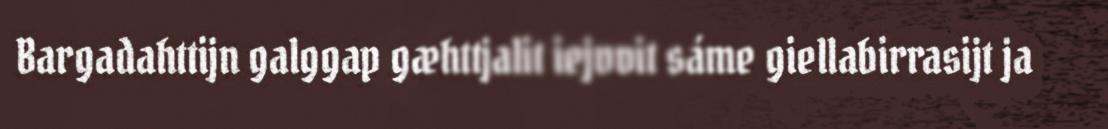
Bargadahttijn galggap gæhttjalit iejvvit sáme giellabirrasijt ja